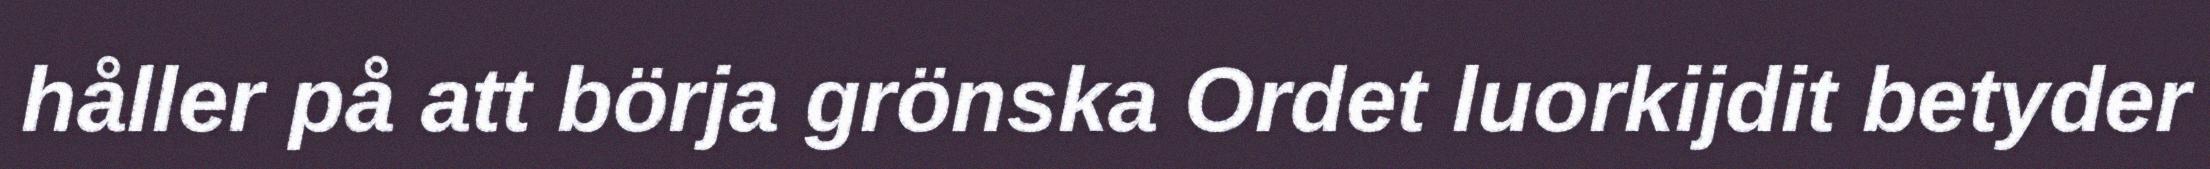
håller på att börja grönska Ordet luorkijdit betyder